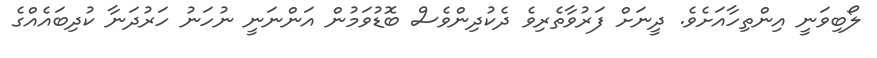
ލޯބިވަނީ އިންތިހާއަށެވެ. ދީނަށް ފަރުވާތެރިވެ ދެކުދިންވެސް ބޮޑުވަމުން އަންނަނީ ނުހަނު ހަރުދަނާ ކުދިބައެއްގެ